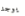
يوجد